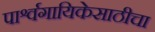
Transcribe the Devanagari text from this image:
पार्श्वगायिकेसाठीचा